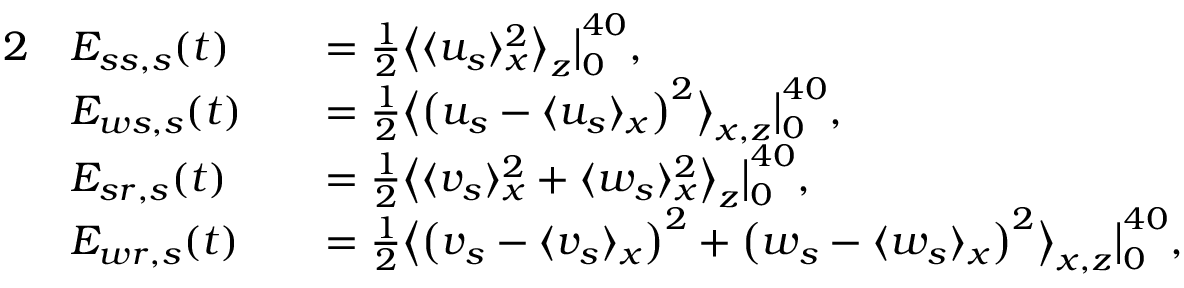
\begin{array} { r l r l } { { 2 } } & { E _ { s s , s } ( t ) } & & { = \frac { 1 } { 2 } \big \langle \langle u _ { s } \rangle _ { x } ^ { 2 } \big \rangle _ { z } \big | _ { 0 } ^ { 4 0 } , } \\ & { E _ { w s , s } ( t ) } & & { = \frac { 1 } { 2 } \big \langle \big ( u _ { s } - \langle u _ { s } \rangle _ { x } \big ) ^ { 2 } \big \rangle _ { x , z } \big | _ { 0 } ^ { 4 0 } , } \\ & { E _ { s r , s } ( t ) } & & { = \frac { 1 } { 2 } \big \langle \langle v _ { s } \rangle _ { x } ^ { 2 } + \langle w _ { s } \rangle _ { x } ^ { 2 } \big \rangle _ { z } \big | _ { 0 } ^ { 4 0 } , } \\ & { E _ { w r , s } ( t ) } & & { = \frac { 1 } { 2 } \big \langle \big ( v _ { s } - \langle v _ { s } \rangle _ { x } \big ) ^ { 2 } + \big ( w _ { s } - \langle w _ { s } \rangle _ { x } \big ) ^ { 2 } \big \rangle _ { x , z } \big | _ { 0 } ^ { 4 0 } , } \end{array}